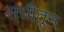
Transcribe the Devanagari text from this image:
संधीतून